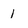
Character: 1